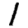
Digit: 1